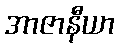
အာဇာနီယာ